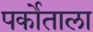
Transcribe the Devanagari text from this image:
पर्कोताला